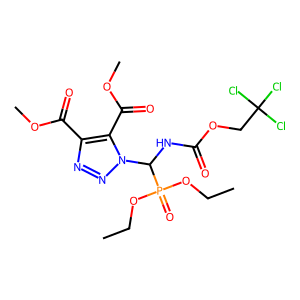
SMILES: CCOP(=O)(OCC)C(NC(=O)OCC(Cl)(Cl)Cl)n1nnc(C(=O)OC)c1C(=O)OC
Inhibits HIV replication: No